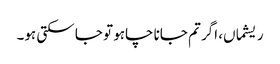
ریشماں، اگر تم جانا چاہو تو جا سکتی ہو۔